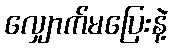
လျှောက်မပြေးနဲ့